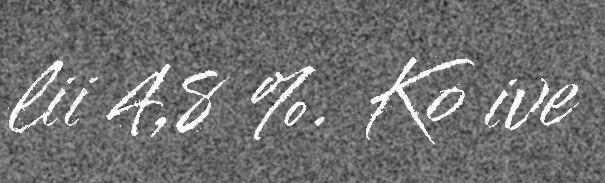
lii 4,8 %. Ko ive